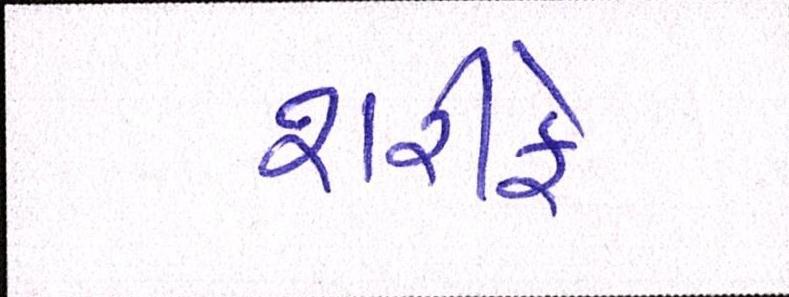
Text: શરીફે